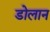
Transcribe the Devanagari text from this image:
डोलान